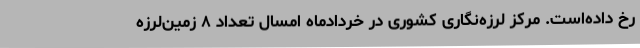
رخ داده‌است. مرکز لرزه‌نگاری کشوری در خردادماه امسال تعداد ۸ زمین‌لرزه